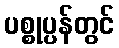
ပစ္စုပ္ပန်တွင်